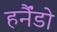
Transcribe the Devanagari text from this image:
हर्नैंडो